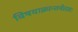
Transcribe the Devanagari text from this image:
विषयाक्रान्तचेतसः